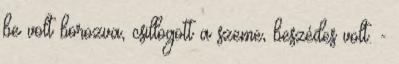
be volt borozva, csillogott a szeme, beszédes volt. -